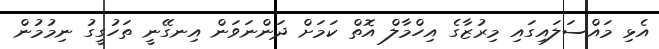
އެޅި މައްސަލައިގައި މިރުޒާގެ އިހްމާލް އޮތް ކަމަށް ދަންނަވަން އިނގޭނީ ތަހުގީގު ނިމުމުން